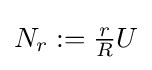
N_{r}:={\tfrac {r}{R}}U